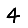
Digit: 4